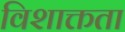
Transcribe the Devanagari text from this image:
विशाक्तता